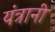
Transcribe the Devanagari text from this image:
यंत्रानी